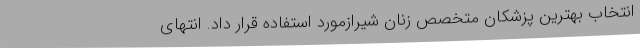
انتخاب بهترین پزشکان متخصص زنان شیرازمورد استفاده قرار داد. انتهای